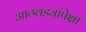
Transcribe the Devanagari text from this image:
आठवड्यांपेक्षा